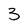
Character: 3